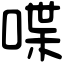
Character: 喋